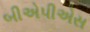
બીએપીએસ